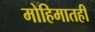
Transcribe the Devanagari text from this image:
मोहिमातही